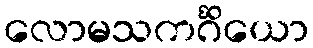
လောမသကင်္ဂိယော